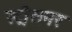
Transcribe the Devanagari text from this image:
स्ट्रौसनर